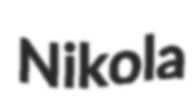
Nikola